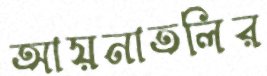
আয়নাতলির